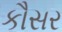
કૌસર